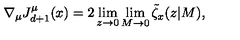
\nabla _ { \mu } J _ { d + 1 } ^ { \mu } ( x ) = 2 \lim _ { z \rightarrow 0 } \lim _ { M \rightarrow 0 } \tilde { \zeta } _ { x } ( z | M ) ,